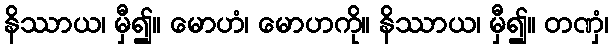
နိဿာယ၊ မှီ၍။ မောဟံ၊ မောဟကို။ နိဿာယ၊ မှီ၍။ တဏှံ၊